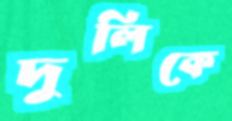
দুলিকে